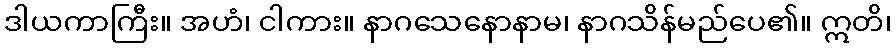
ဒါယကာကြီး။ အဟံ၊ ငါကား။ နာဂသေနောနာမ၊ နာဂသိန်မည်ပေ၏။ ဣတိ၊